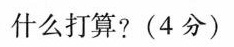
什么打算?(4分)